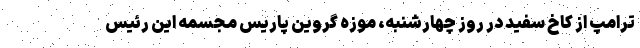
ترامپ از کاخ سفید در روز چهارشنبه، موزه گروین پاریس مجسمه این رئیس